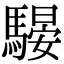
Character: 騴